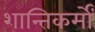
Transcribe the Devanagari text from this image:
शान्तिकर्मों